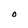
Character: O